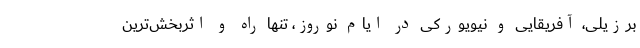
برزیلی، آفریقایی و نیویورکی در ایام نوروز، تنها راه و اثربخش‌ترین